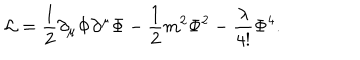
{ \cal L } = \frac { 1 } { 2 } \partial _ { \mu } \Phi \partial ^ { \mu } \Phi - \frac { 1 } { 2 } m ^ { 2 } \Phi ^ { 2 } - \frac { \lambda } { 4 ! } \Phi ^ { 4 } .